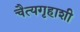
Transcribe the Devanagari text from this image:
चैत्यगृहाशी